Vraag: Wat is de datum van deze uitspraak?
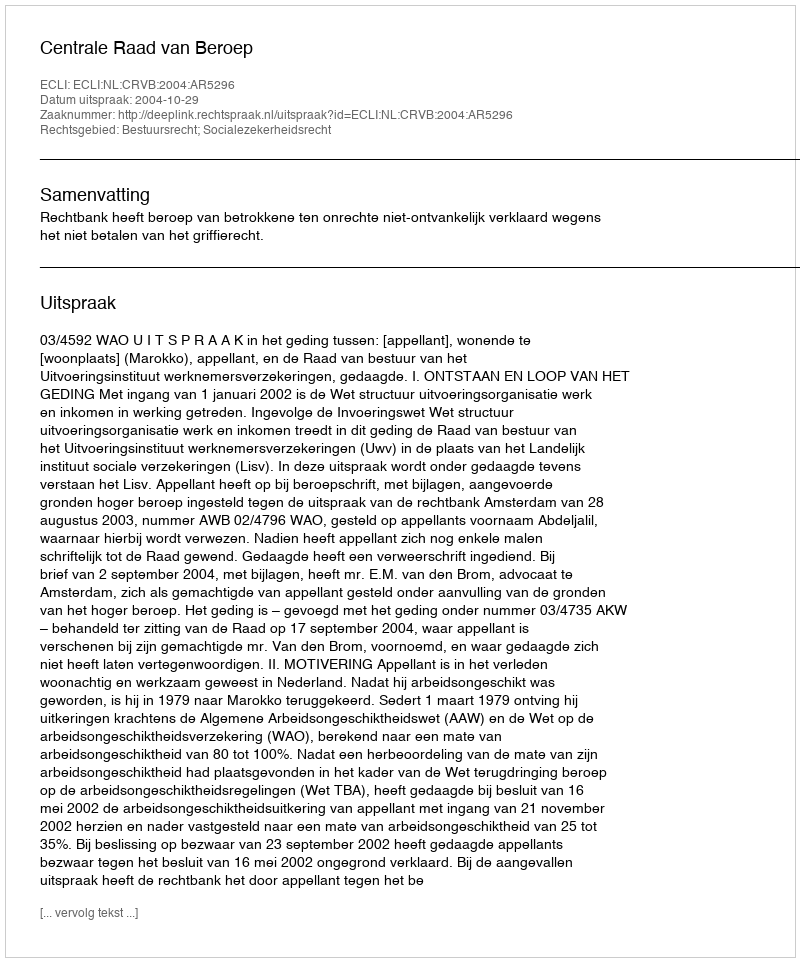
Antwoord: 2004-10-29